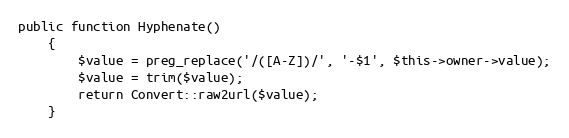
Language: PHP
public function Hyphenate()
    {
        $value = preg_replace('/([A-Z])/', '-$1', $this->owner->value);
        $value = trim($value);
        return Convert::raw2url($value);
    }